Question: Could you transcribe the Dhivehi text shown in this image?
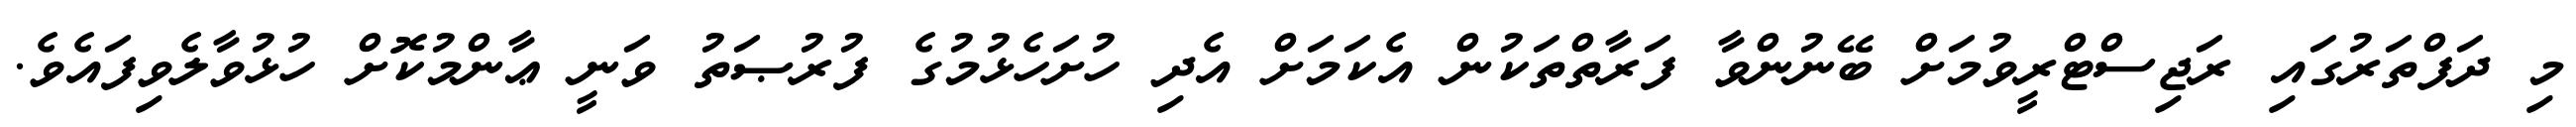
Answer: މި ދަފްތަރުގައި ރަޖިސްޓްރީވުމަށް ބޭނުންވާ ފަރާތްތަކުން އެކަމަށް އެދި ހުށަހެޅުމުގެ ފުރުޞަތު ވަނީ ޢާންމުކޮށް ހުޅުވާލެވިފައެވެ.